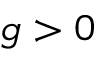
g > 0